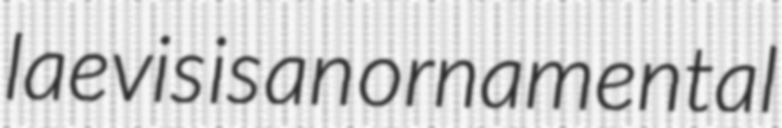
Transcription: laevis is an ornamental